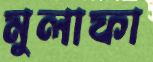
মুলাফা